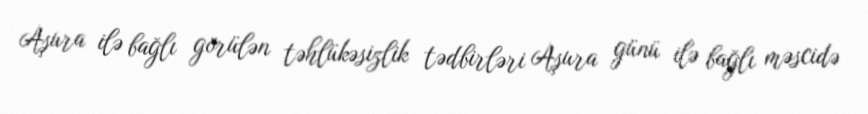
Aşura ilə bağlı görülən təhlükəsizlik tədbirləri Aşura günü ilə bağlı məscidə